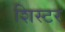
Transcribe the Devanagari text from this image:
शिस्टर